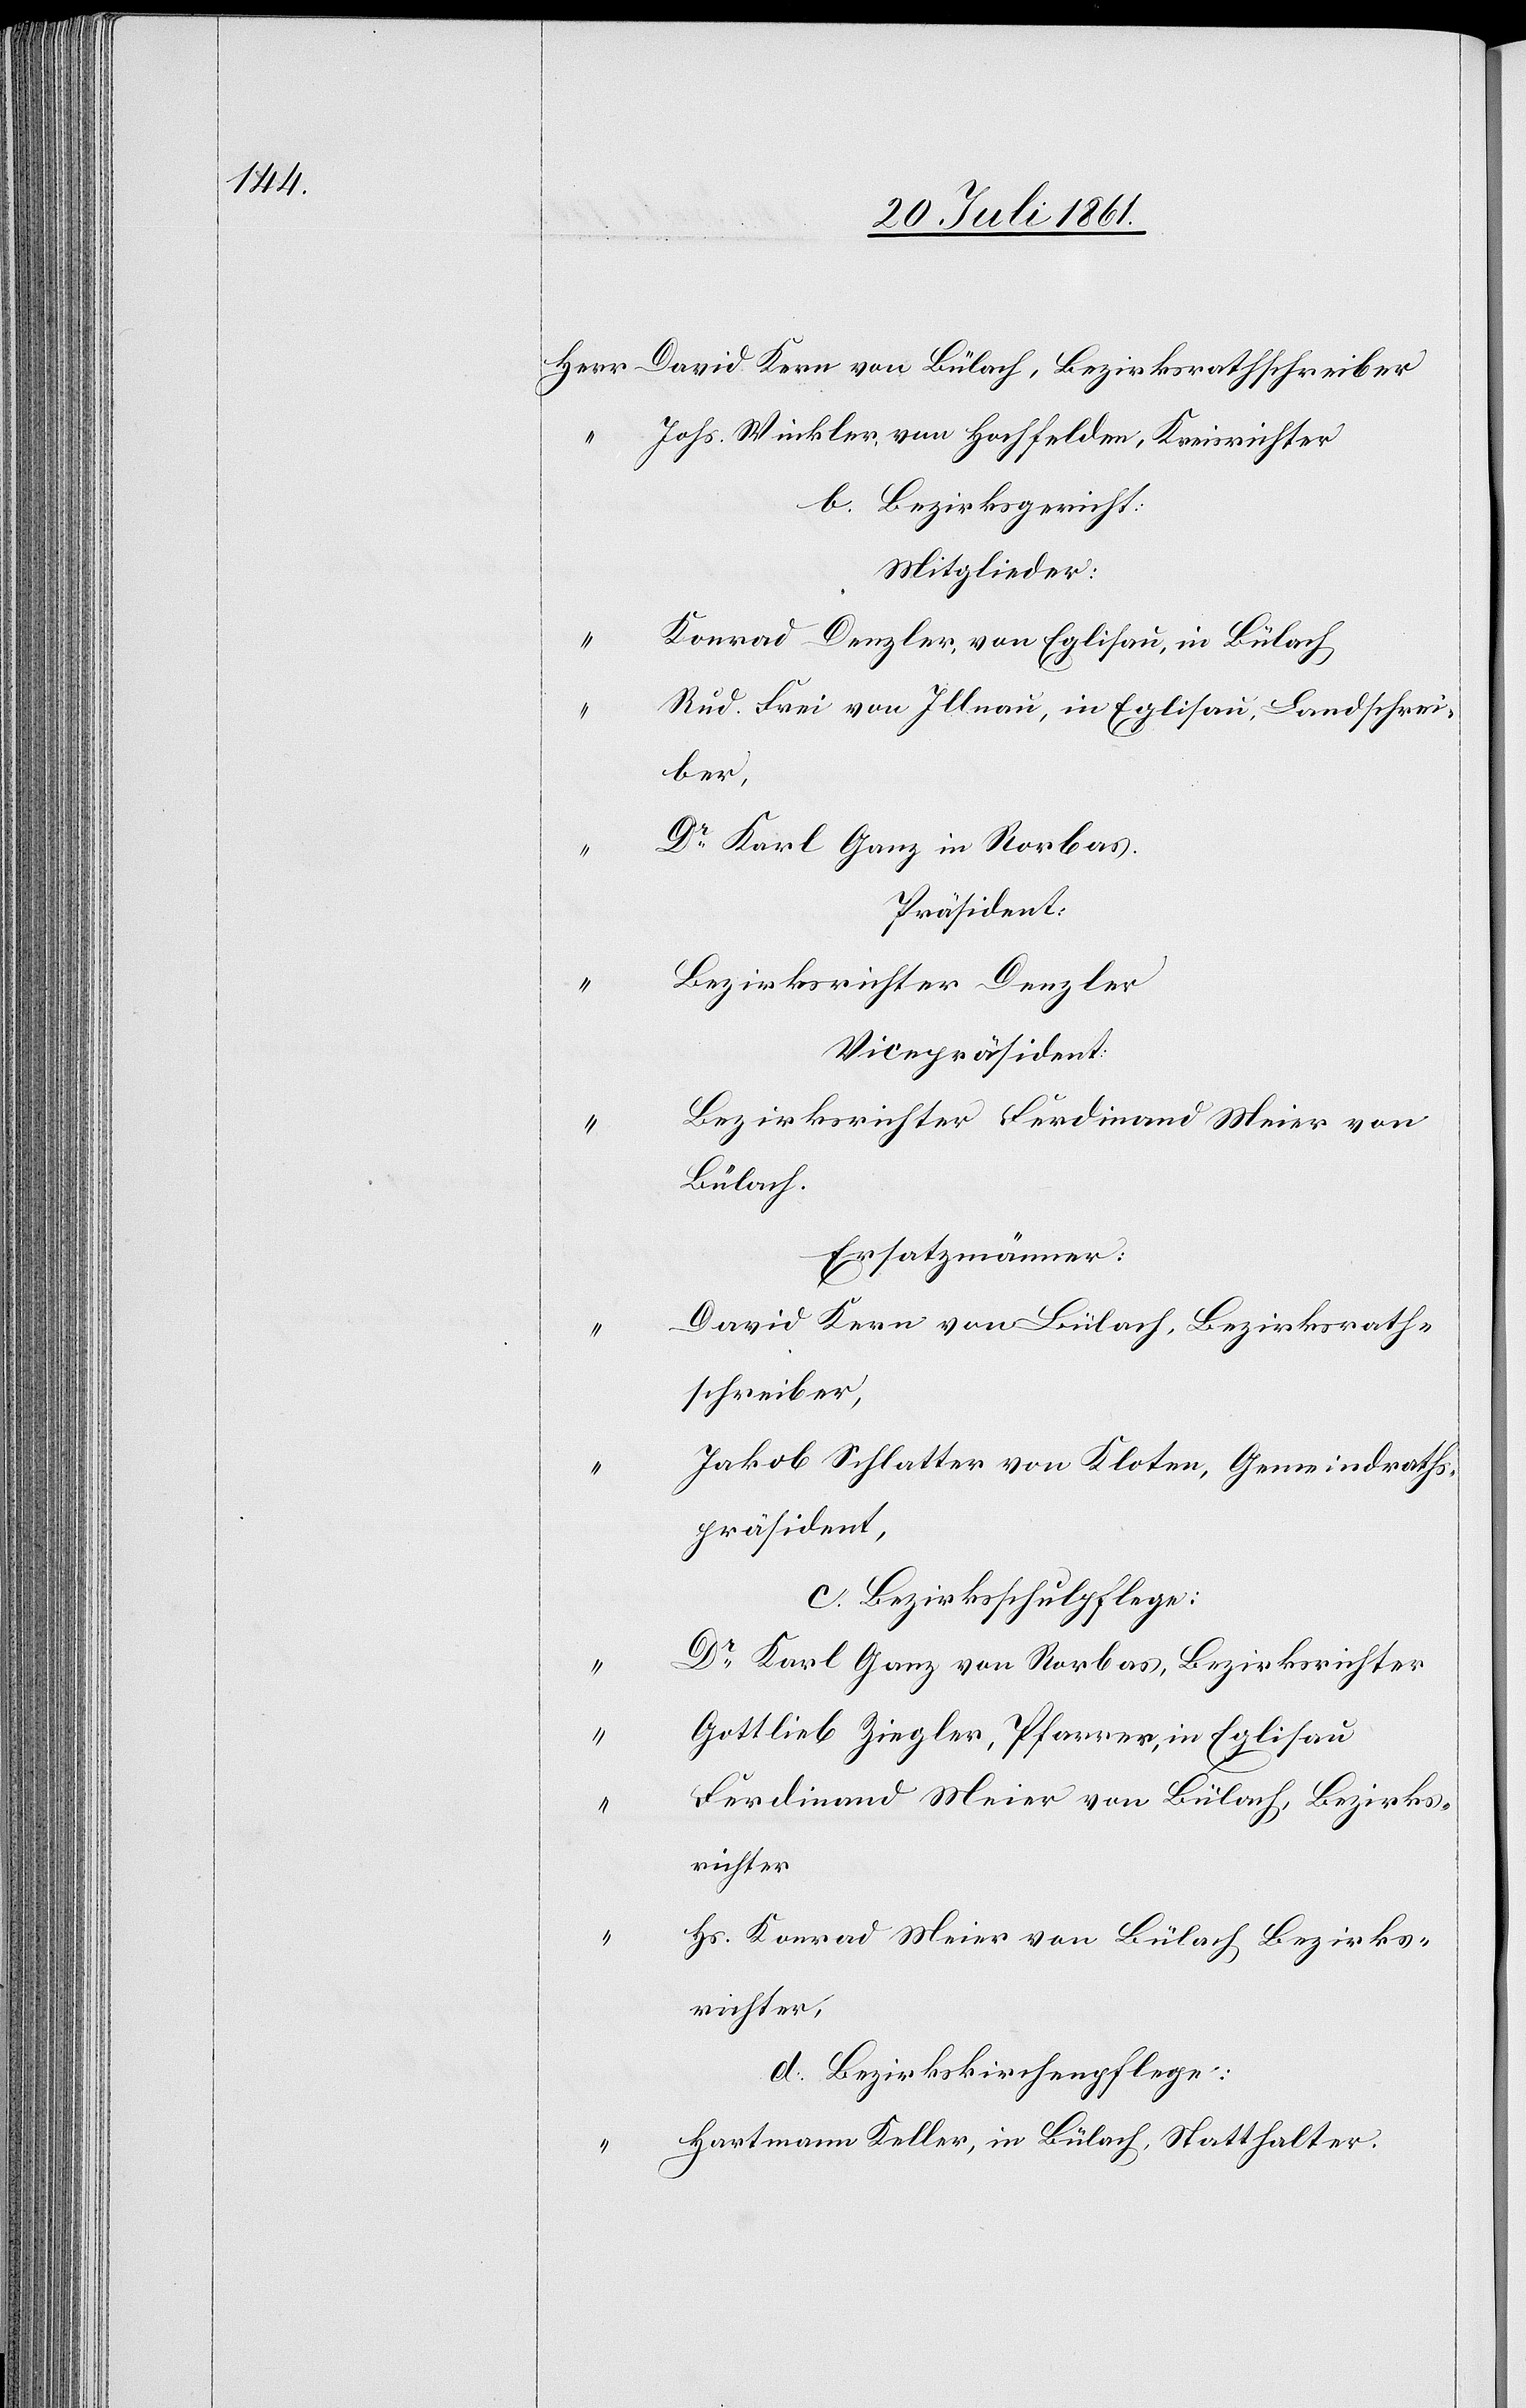
Herr David Kern von Bülach, Bezirksrathsschreiber
Johs. Winkler von Hochfelden, Kreisrichter
b. Bezirksgericht:
Mitglieder:
Konrad Denzler, von Eglisau, in Bülach
Rud. Frei von Illnau, in Eglisau, Landschrei¬
ber,
Dr Karl Ganz in Rorbas.
Präsident:
Bezirksrichter Denzler
Vicepräsident:
Bezirksrichter Ferdinand Meier von
Bülach.
Ersatzmänner:
David Kern von Bülach, Bezirksraths¬
schreiber,
Jakob Schlatter von Kloten, Gemeindraths¬
präsident,
c. Bezirksschulpflege:
Dr Karl Ganz von Rorbas, Bezirksrichter
Gottlieb Ziegler, Pfarrer, in Eglisau
Ferdinand Meier von Bülach, Bezirks¬
richter
Hs. Konrad Meier von Bülach Bezirks¬
richter,
d. Bezirkskirchenpflege:
“	 Hartmann Keller, in Bülach, Statthalter.